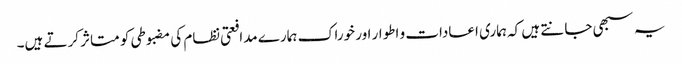
یہ سبھی جانتے ہیں کہ ہماری اعادات و اطوار اور خوراک ہمارے مدافعتی نظام کی مضبوطی کو متاثر کرتے ہیں۔